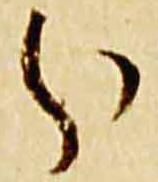
分